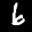
Label: 6